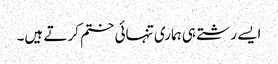
ایسے رشتے ہی ہماری تنہائی ختم کرتے ہیں۔